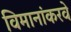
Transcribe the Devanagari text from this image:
विमानांकरवे